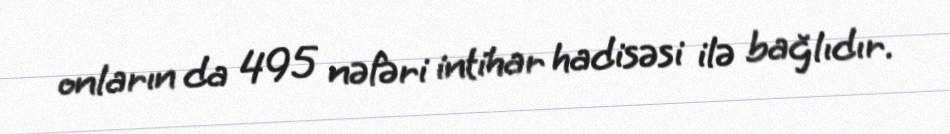
onların da 495 nəfəri intihar hadisəsi ilə bağlıdır.